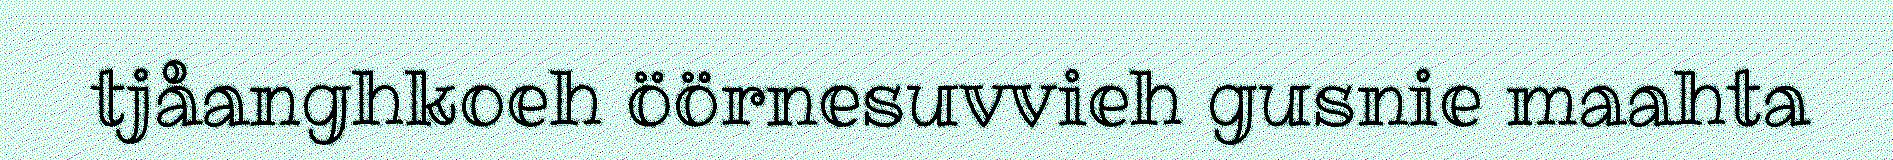
tjåanghkoeh öörnesuvvieh gusnie maahta